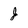
Character: J